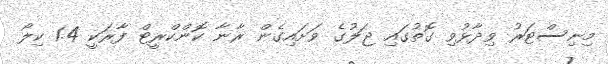
މިނިސްޓަރު ވިދާޅުވި ގޮތުގައި ޖަލުގެ ވަށައިގެން ރާނާ ކޮންކްރީޓް ފާރަކީ 1.4 ކިލޯ